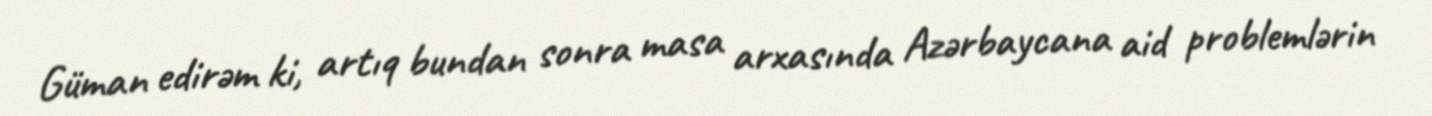
Güman edirəm ki, artıq bundan sonra masa arxasında Azərbaycana aid problemlərin